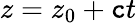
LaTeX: z=z_{0}+\mathtt{c}t